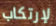
لإرتكاب